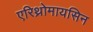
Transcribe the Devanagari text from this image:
एरिथ्रोमायसिन